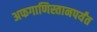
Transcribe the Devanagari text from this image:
अफगाणिस्तानपर्यंत